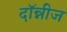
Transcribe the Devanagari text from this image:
दॉन्नीज